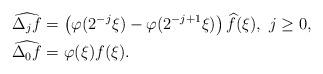
LaTeX: \begin{align*}\widehat{\Delta_jf}&=\left(\varphi(2^{-j}\xi)-\varphi(2^{-j+1}\xi)\right)\widehat{f}(\xi),\ j\geq 0, \\\widehat{\Delta_0f}&=\varphi(\xi)f(\xi).\end{align*}